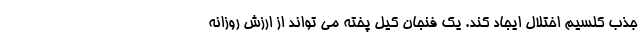
جذب کلسیم اختلال ایجاد کند. یک فنجان کیل پخته می تواند از ارزش روزانه